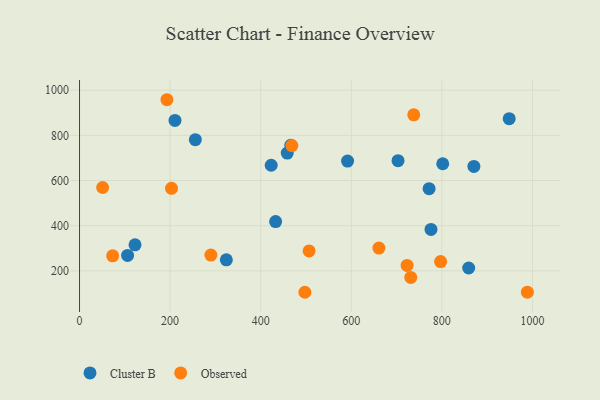
{"axis": {"x": "Distance", "y": "Rating"}, "legend": ["Cluster B", "Observed"], "data": [{"x": "703.3", "y": 687.8, "type": "Cluster B"}, {"x": "776.1", "y": 383.6, "type": "Cluster B"}, {"x": "859.3", "y": 212.7, "type": "Cluster B"}, {"x": "771.9", "y": 564.1, "type": "Cluster B"}, {"x": "423.2", "y": 667.6, "type": "Cluster B"}, {"x": "106.1", "y": 268.5, "type": "Cluster B"}, {"x": "948.8", "y": 873.7, "type": "Cluster B"}, {"x": "433.0", "y": 418.0, "type": "Cluster B"}, {"x": "458.7", "y": 721.4, "type": "Cluster B"}, {"x": "870.8", "y": 662.5, "type": "Cluster B"}, {"x": "324.2", "y": 248.7, "type": "Cluster B"}, {"x": "591.9", "y": 686.2, "type": "Cluster B"}, {"x": "255.7", "y": 781.1, "type": "Cluster B"}, {"x": "802.0", "y": 674.2, "type": "Cluster B"}, {"x": "210.8", "y": 866.1, "type": "Cluster B"}, {"x": "122.5", "y": 315.1, "type": "Cluster B"}, {"x": "466.5", "y": 756.2, "type": "Cluster B"}, {"x": "51.0", "y": 569.0, "type": "Observed"}, {"x": "988.9", "y": 105.5, "type": "Observed"}, {"x": "506.9", "y": 288.2, "type": "Observed"}, {"x": "661.1", "y": 300.9, "type": "Observed"}, {"x": "468.9", "y": 754.9, "type": "Observed"}, {"x": "497.6", "y": 105.1, "type": "Observed"}, {"x": "290.0", "y": 269.9, "type": "Observed"}, {"x": "193.0", "y": 957.8, "type": "Observed"}, {"x": "738.0", "y": 890.9, "type": "Observed"}, {"x": "73.1", "y": 266.7, "type": "Observed"}, {"x": "203.1", "y": 565.6, "type": "Observed"}, {"x": "723.3", "y": 224.1, "type": "Observed"}, {"x": "731.4", "y": 171.0, "type": "Observed"}, {"x": "797.3", "y": 241.0, "type": "Observed"}]}